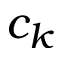
c _ { k }